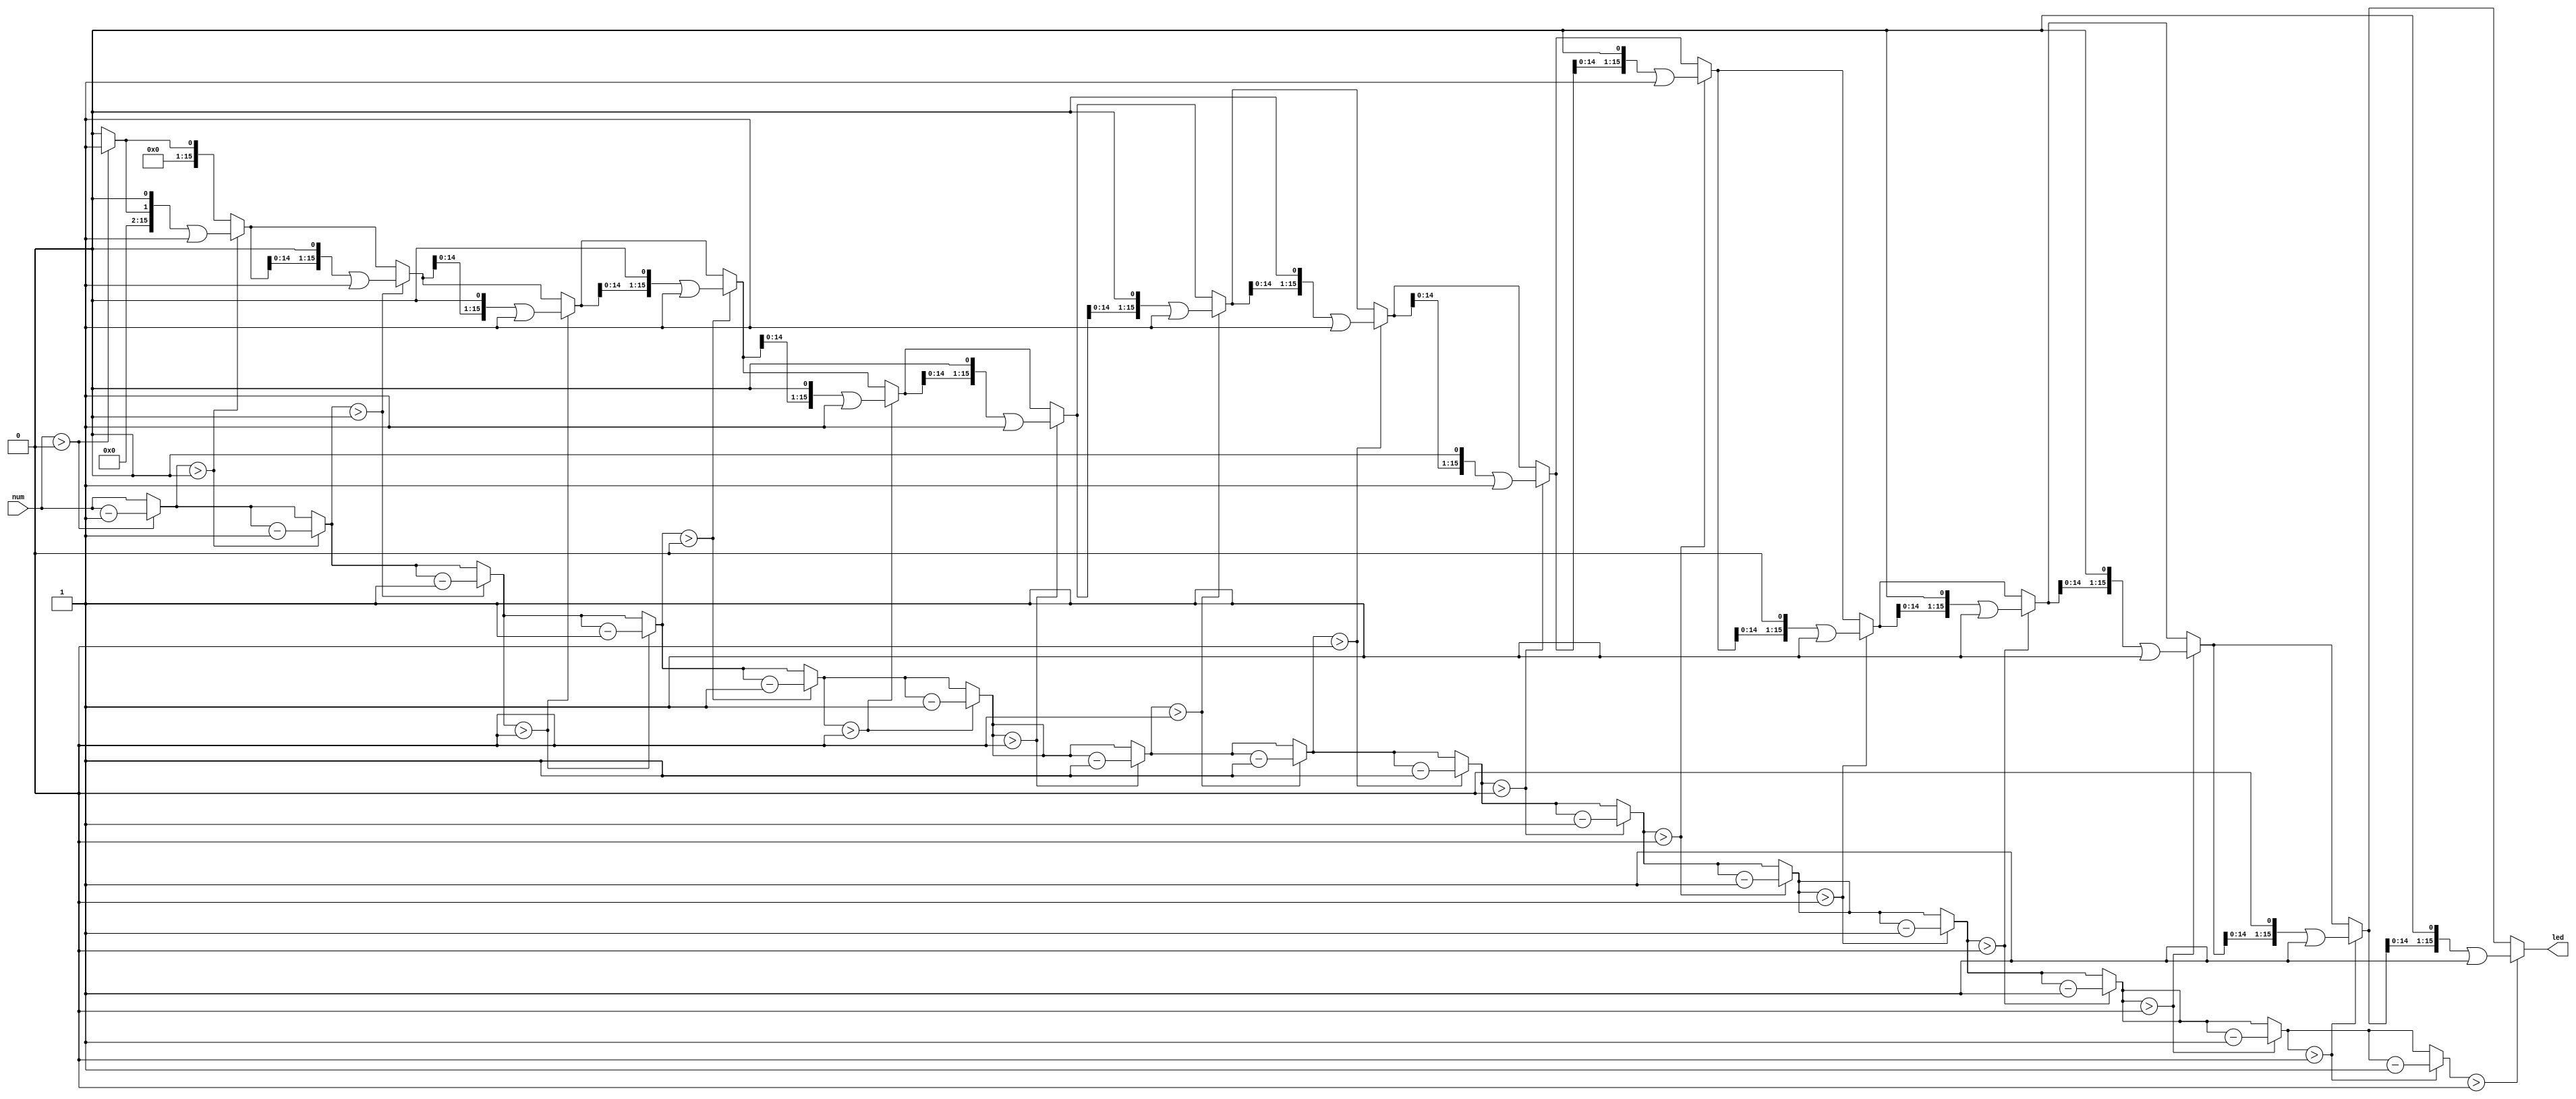
module convert_num_to_led(num,led);
	input [4:0]num;
	output reg[15:0]led;
	reg [4:0]i;
	reg [4:0]num_temp;
	
	always@(num) begin
		led=16'b0;
		num_temp=num;
		for(i=16; i>0;i=i-1) begin
			if(num_temp>0) begin
				num_temp=num_temp-1;
				led=led << 1;
				led=led | 1'b1;
			end 
		end
	end
endmodule